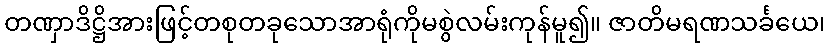
တဏှာဒိဋ္ဌိအားဖြင့်တစုတခုသောအာရုံကိုမစွဲလမ်းကုန်မူ၍။ ဇာတိမရဏသင်္ခယေ၊